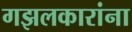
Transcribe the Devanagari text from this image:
गझलकारांना